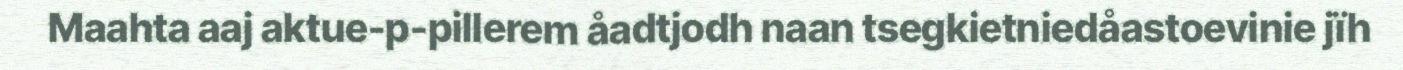
Maahta aaj aktue-p-pillerem åadtjodh naan tsegkietniedåastoevinie jïh